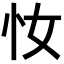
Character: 𢖵